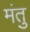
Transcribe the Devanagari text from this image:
मंतु